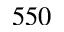
5 5 0